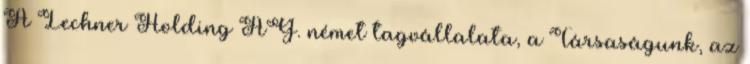
A Lechner Holding AG. német tagvállalata, a Társaságunk, az